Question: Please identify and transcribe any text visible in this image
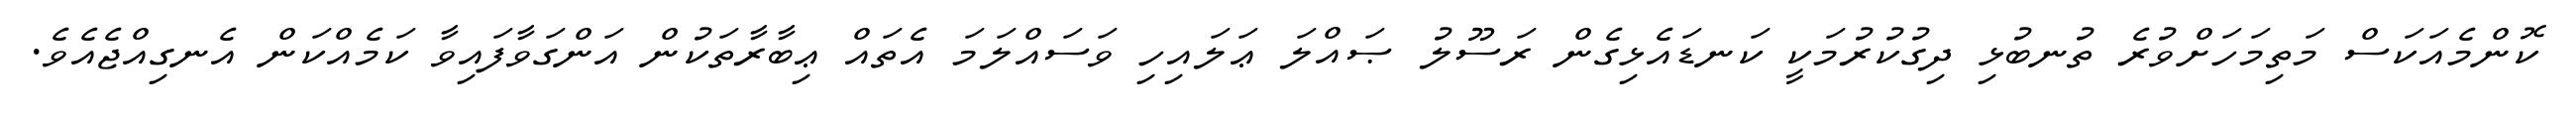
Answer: ކޮންމެއަކަސް މަތިމަހަށްވުރެ ތުނބުޅި ދިގުކުރުމަކީ ކަނޑައެޅިގެން ރަސޫލު ޞައްލަ ޢަލައިހި ވަސައްލަމަ އެތައް ޢިބާރާތަކުން އަންގަވާފައިވާ ކަމެއްކަން އެނގިއްޖެއެވެ.